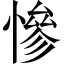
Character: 慘